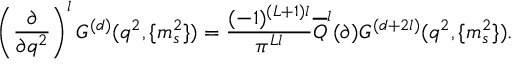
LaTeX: \left( \frac { \partial } { \partial q ^ { 2 } } \right) ^ { l } G ^ { ( d ) } ( q ^ { 2 } , \{ m _ { s } ^ { 2 } \} ) = \frac { ( - 1 ) ^ { ( L + 1 ) l } } { \pi ^ { L l } } \overline { { { Q } } } ^ { l } ( \partial ) G ^ { ( d + 2 l ) } ( q ^ { 2 } , \{ m _ { s } ^ { 2 } \} ) .